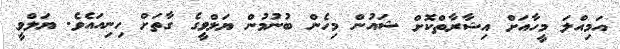
އަމިއްލަ މީހާއަށް އިޝާރާތްކޮށް ޝައުން މިހެން ބުނުމުން ޔަލްވީގެ ގާތަށް ހިނިއައެވެ. ޔަލްވީ